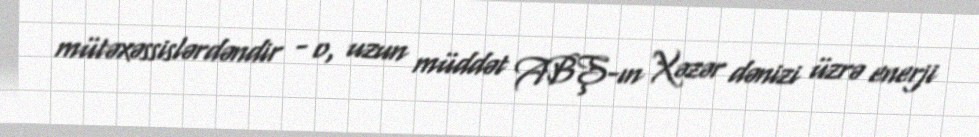
mütəxəssislərdəndir - o, uzun müddət ABŞ-ın Xəzər dənizi üzrə enerji